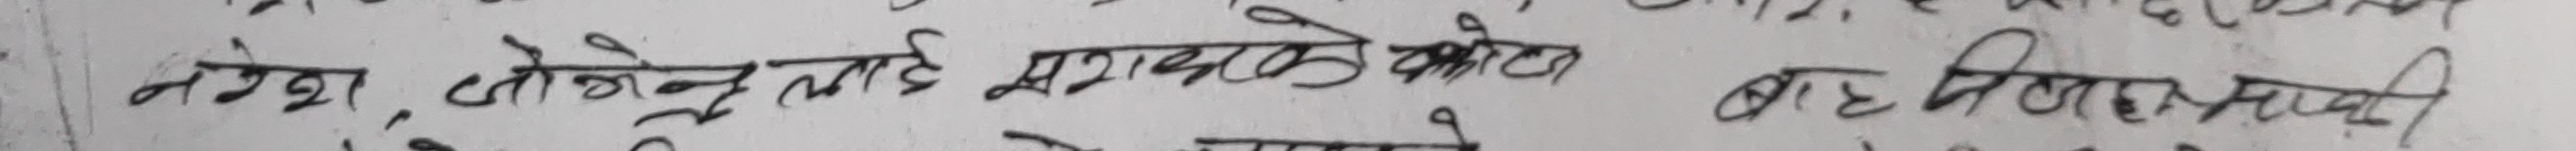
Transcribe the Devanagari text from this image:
नेवा, तोक्नेलाई मृगाको फोटा बहात्त मात्रै